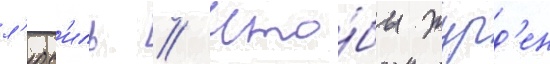
л'юс'иль // Что́бы журд'ен